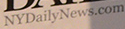
NYDailyNews.com